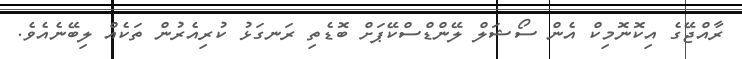
ރާއްޖޭގެ އިކޮނޮމިކް އެން ސޯޝަލް ލޭންޑްސްކޭޕަށް ބޮޑެތި ރަނގަޅު ކުރިއެރުން ތަކެއް ލިބޭނެއެވެ.